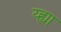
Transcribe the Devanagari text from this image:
य्ह्या